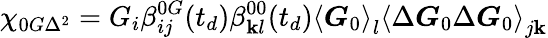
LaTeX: \chi_{0G\Delta^{2}}=G_{i}\beta_{ij}^{0G}(t_{d})\beta_{\mathbf{k}l}^{00}(t_{d})\left\langle\boldsymbol{G}_{0}\right\rangle_{l}\left\langle\Delta\boldsymbol{G}_{0}\Delta\boldsymbol{G}_{0}\right\rangle_{j\mathbf{k}}